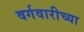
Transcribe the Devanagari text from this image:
वर्गवारीच्या